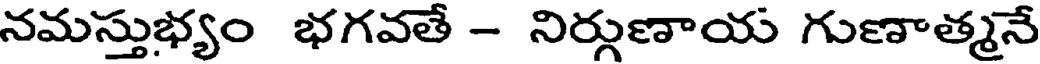
నమస్తుభ్యం భగవతే - నిర్గుణాయ గుణాత్మనే